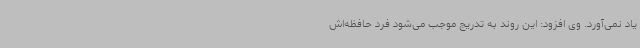
یاد نمی‌آورد. وی افزود: این روند به تدریج موجب می‌شود فرد حافظه‌اش